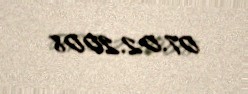
07.02.2008